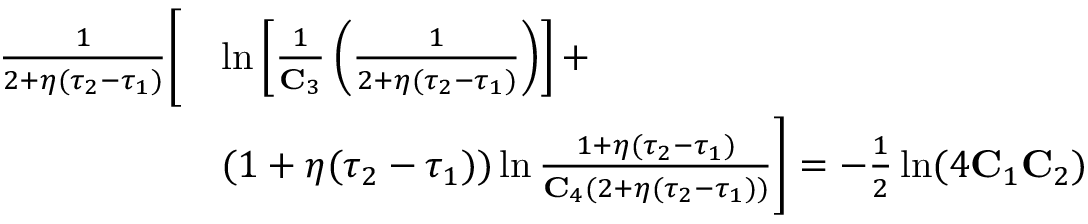
\begin{array} { r l } { \frac { 1 } { 2 + \eta ( \tau _ { 2 } - \tau _ { 1 } ) } \Bigg [ } & { \ln \left[ \frac { 1 } { \mathbf { C } _ { 3 } } \left( \frac { 1 } { 2 + \eta ( \tau _ { 2 } - \tau _ { 1 } ) } \right) \right] + } \\ & { ( 1 + \eta ( \tau _ { 2 } - \tau _ { 1 } ) ) \ln \frac { 1 + \eta ( \tau _ { 2 } - \tau _ { 1 } ) } { \mathbf { C } _ { 4 } ( 2 + \eta ( \tau _ { 2 } - \tau _ { 1 } ) ) } \Bigg ] = - \frac { 1 } { 2 } \ln ( 4 \mathbf { C } _ { 1 } \mathbf { C } _ { 2 } ) } \end{array}